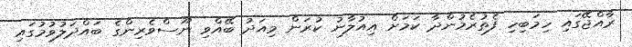
ރާއްޖޭގައި ހިމަބިހި ފެތުރެމުންދާ ކަމަށް އިއުލާނު ކުރަން މިއަދު ބޭއްވި ނޫސްވެރިންގެ ބައްދަލުވުމުގައި